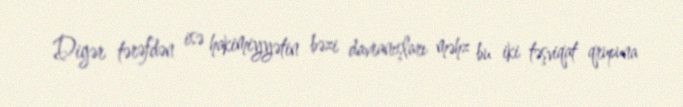
Digər tərəfdən isə hakimiyyətin bəzi davranışları məhz bu iki təşviqat qrupuna